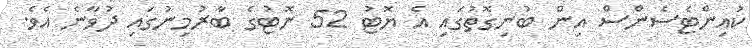
ކުއިންޓެސެންސް އިން ބުނިގޮތުގައި އެ ޔޮޓު 52 ނޮޓުގެ ބާރުމިނުގައި ދުވާނެ އެވެ.